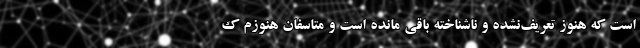
است که هنوز تعریف‌نشده و ناشناخته باقی مانده است و متاسفان هنوزم ک